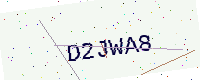
Text: D2JWA8